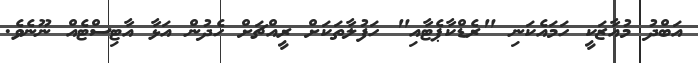
އަބްދު މުއާޒަކީ ހަމައެކަނި "ރެޑްކާޕެޓާއި" ހަފުލާތަކަށް ރީއްޗަށް ހެދުން އަޅާ އާޓިސްޓެއް ނޫނެވެ.